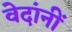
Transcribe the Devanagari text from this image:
वेदांनीं